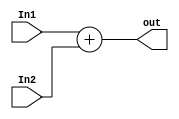
module adder(out,In1,In2);

output [15:0] out;
input [15:0] In1,In2;

reg [15:0] temp;
always @(In1,In2)
begin
	temp=$signed(In1)+$signed(In2);
end

assign out=temp;

endmodule